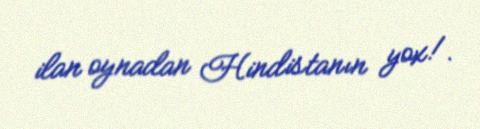
ilan oynadan Hindistanın yox!.